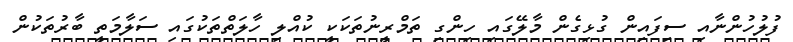
ފުލުހުންނާއި ސިފައިން ގުޅިގެން މާލޭގައި ހިންގި ތަމްރީނުތަކަކީ ކުއްލި ހާލަތްތަކުގައި ސަލާމަތީ ބާރުތަކުން